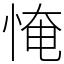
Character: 㤿